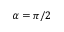
\alpha = \pi / 2